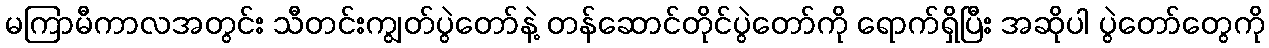
မကြာမီကာလအတွင်း သီတင်းကျွတ်ပွဲတော်နဲ့ တန်ဆောင်တိုင်ပွဲတော်ကို ရောက်ရှိပြီး အဆိုပါ ပွဲတော်တွေကို